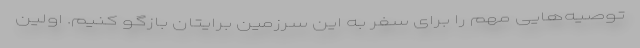
توصیه‌هایی مهم را برای سفر به این سرزمین برایتان بازگو کنیم. اولین